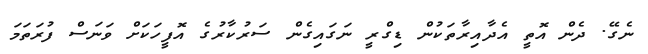
ނެގޭ. ދެން އޮތީ އެދާއިރާތަކުން ޑިގްރީ ނަގައިގެން ސަރުކާރުގެ އޮފީހަކަށް ވަނަސް ފުރަތަމަ